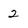
Character: 2